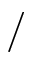
/